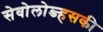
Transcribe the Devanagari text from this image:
सेवोलोव्ज्हसकी